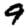
Digit: 9